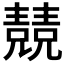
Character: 𠓆